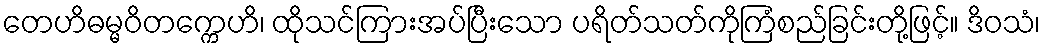
တေဟိဓမ္မဝိတက္ကေဟိ၊ ထိုသင်ကြားအပ်ပြီးသော ပရိတ်သတ်ကိုကြံစည်ခြင်းတို့ဖြင့်။ ဒိဝသံ၊